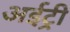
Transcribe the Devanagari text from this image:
अईट्री